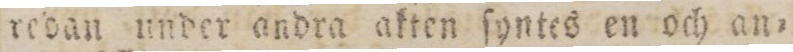
redan under andra akten ſyntes en och an=